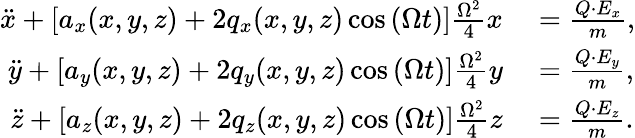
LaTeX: \begin{array}{rl}{\ddot{x}+\left[a_{x}(x,y,z)+2q_{x}(x,y,z)\cos\left(\Omega t\right)\right]\frac{\Omega^{2}}{4}x}&{{}=\frac{Q\cdot E_{x}}{m},}\\ {\ddot{y}+\left[a_{y}(x,y,z)+2q_{y}(x,y,z)\cos\left(\Omega t\right)\right]\frac{\Omega^{2}}{4}y}&{{}=\frac{Q\cdot E_{y}}{m},}\\ {\ddot{z}+\left[a_{z}(x,y,z)+2q_{z}(x,y,z)\cos\left(\Omega t\right)\right]\frac{\Omega^{2}}{4}z}&{{}=\frac{Q\cdot E_{z}}{m}.}\end{array}